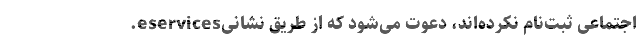
اجتماعی ثبت‌نام نکرده‌اند، دعوت می‌شود که از طریق نشانیeservices.